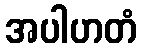
အပါဟတံ